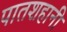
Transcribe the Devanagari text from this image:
पातशहानी